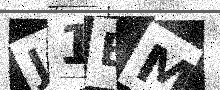
Text: J1BM